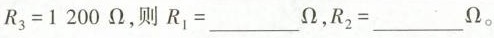
$$R _ { 3 } = 1 2 0 0 \Omega$$，则$$R_ { 1 } = ___ \Omega$$，$$R _ { 2 } = ___ \Omega$$。